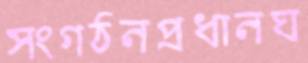
সংগঠনপ্রধানঘ